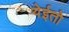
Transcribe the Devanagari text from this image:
येईतो